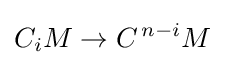
C_{i}M\to C^{\,n-i}M